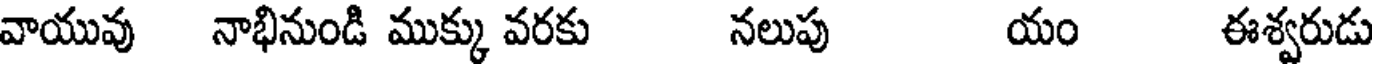
వాయువు నాభినుండి ముక్కు వరకు నలుపు యం ఈశ్వరుడు